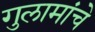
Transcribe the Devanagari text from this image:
गुलामांचे